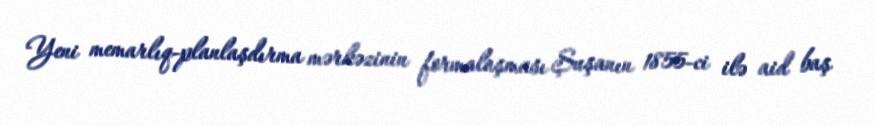
Yeni memarlıq-planlaşdırma mərkəzinin formalaşması Şuşanın 1855-ci ilə aid baş